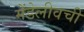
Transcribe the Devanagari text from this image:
मेंडेलीवची